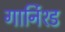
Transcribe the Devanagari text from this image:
गार्निश्ड